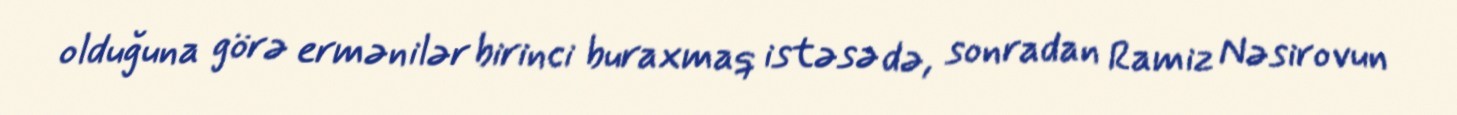
olduğuna görə ermənilər birinci buraxmaq istəsə də, sonradan Ramiz Nəsirovun